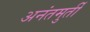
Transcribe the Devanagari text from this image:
अनंतमुर्ती